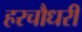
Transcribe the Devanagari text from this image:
हरचौधरी